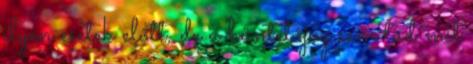
ilyen esetek előtt, de a büntetőjog sem tud mit